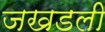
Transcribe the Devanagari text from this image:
जखडली